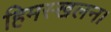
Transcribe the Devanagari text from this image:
हिमस्खलन।